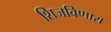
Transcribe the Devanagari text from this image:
शिजविणारा